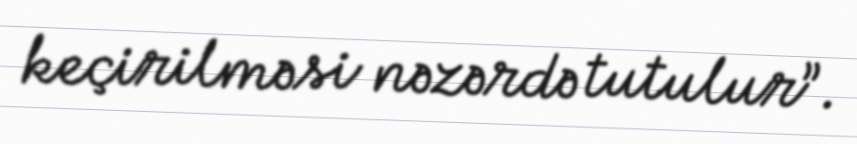
keçirilməsi nəzərdə tutulur”.